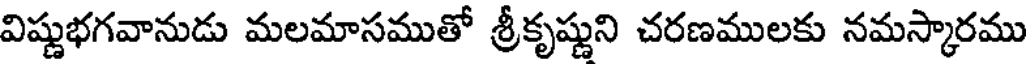
విష్ణుభగవానుడు మలమాసముతో శ్రీకృష్ణుని చరణములకు నమస్కారము